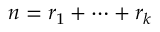
n = r _ { 1 } + \cdots + r _ { k }